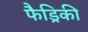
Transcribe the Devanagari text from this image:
फैड्रिकी